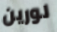
لورين